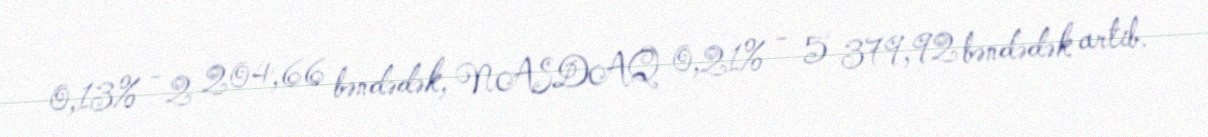
0,13% - 2 204,66 bəndədək, NASDAQ 0,21% - 5 379,92 bəndədək artıb.